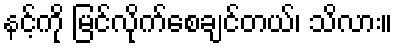
နင့်ကို မြင်လိုက်စေချင်တယ်၊ သိလား။